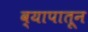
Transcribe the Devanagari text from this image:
व्यापातून